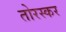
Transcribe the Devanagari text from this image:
तोरस्कर